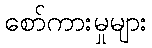
စော်ကားမှုများ